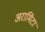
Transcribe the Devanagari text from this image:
अरामिंटा